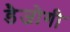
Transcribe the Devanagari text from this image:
डैजोगी